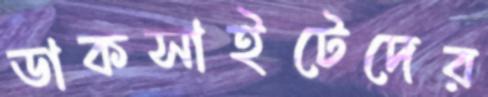
ডাকসাইটেদের